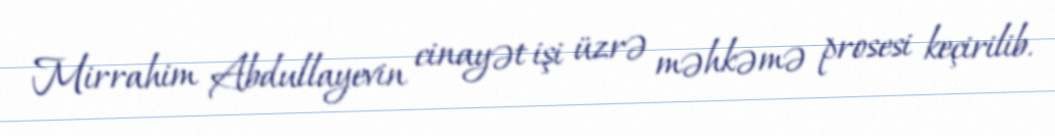
Mirrahim Abdullayevin cinayət işi üzrə məhkəmə prosesi keçirilib.